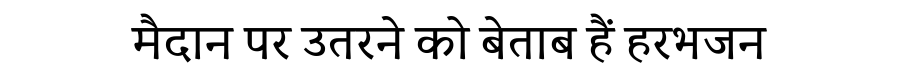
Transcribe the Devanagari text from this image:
मैदान पर उतरने को बेताब हैं हरभजन